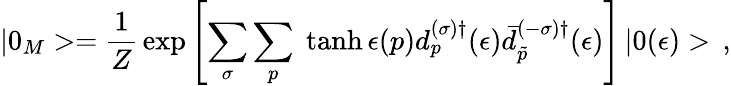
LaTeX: |0_{M}>=\frac{1}{Z}\, \exp\left[{\sum_{\sigma}\sum_{p}\; \operatorname{tanh}\epsilon(p)d_{p}^{(\sigma)\dagger}(\epsilon)\bar{d}_{\tilde{p}}^{(-\sigma)\dagger}}(\epsilon)\right]\, |0(\epsilon)>\, {,}